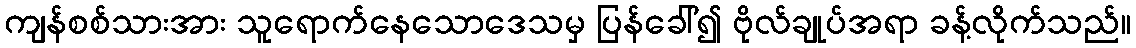
ကျန်စစ်သားအား သူရောက်နေသောဒေသမှ ပြန်ခေါ်၍ ဗိုလ်ချုပ်အရာ ခန့်လိုက်သည်။